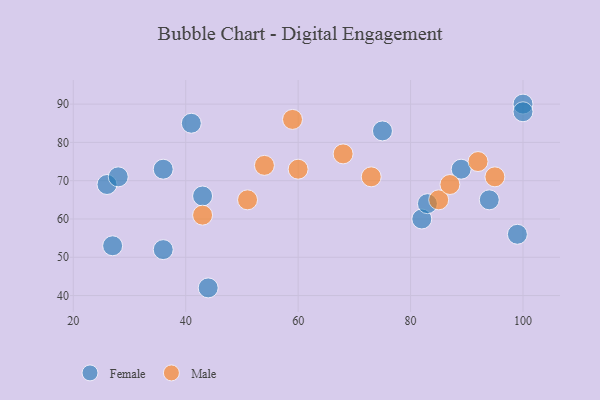
{"axis": {"x": "GDP", "y": "Life Expectancy"}, "legend": ["Female", "Male"], "data": [{"x": "89", "y": 73, "type": "Female"}, {"x": "99", "y": 56, "type": "Female"}, {"x": "27", "y": 53, "type": "Female"}, {"x": "100", "y": 90, "type": "Female"}, {"x": "36", "y": 73, "type": "Female"}, {"x": "44", "y": 42, "type": "Female"}, {"x": "41", "y": 85, "type": "Female"}, {"x": "82", "y": 60, "type": "Female"}, {"x": "100", "y": 88, "type": "Female"}, {"x": "94", "y": 65, "type": "Female"}, {"x": "43", "y": 66, "type": "Female"}, {"x": "36", "y": 52, "type": "Female"}, {"x": "26", "y": 69, "type": "Female"}, {"x": "28", "y": 71, "type": "Female"}, {"x": "83", "y": 64, "type": "Female"}, {"x": "75", "y": 83, "type": "Female"}, {"x": "85", "y": 65, "type": "Male"}, {"x": "60", "y": 73, "type": "Male"}, {"x": "59", "y": 86, "type": "Male"}, {"x": "87", "y": 69, "type": "Male"}, {"x": "95", "y": 71, "type": "Male"}, {"x": "92", "y": 75, "type": "Male"}, {"x": "43", "y": 61, "type": "Male"}, {"x": "51", "y": 65, "type": "Male"}, {"x": "73", "y": 71, "type": "Male"}, {"x": "68", "y": 77, "type": "Male"}, {"x": "54", "y": 74, "type": "Male"}]}